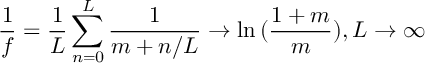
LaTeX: \frac { 1 } { f } = \frac { 1 } { L } \sum _ { n = 0 } ^ { L } \frac { 1 } { m + n / L } \rightarrow \ln { ( \frac { 1 + m } { m } ) } , L \rightarrow \infty